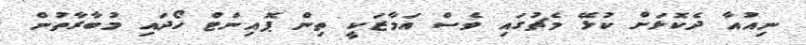
ނިއުއާ ދެކޮޅަށް ކުޅޭ މެޗުގައި ވެސް އަމާޒަކީ ތިން ޕޮއިންޓް ހޯދައި މުބާރާތުން